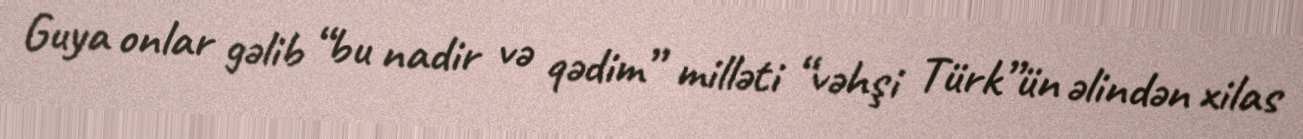
Guya onlar gəlib “bu nadir və qədim” milləti “vəhşi Türk”ün əlindən xilas